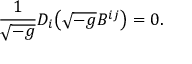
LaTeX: \frac { 1 } { \sqrt { - g } } D _ { i } \bigl ( \sqrt { - g } B ^ { i j } \bigr ) = 0 .